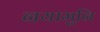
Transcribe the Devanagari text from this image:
नयामुनि